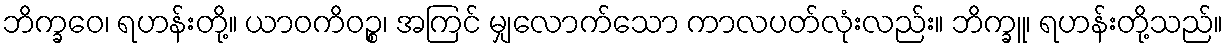
ဘိက္ခဝေ၊ ရဟန်းတို့။ ယာဝကိဝဉ္စ၊ အကြင် မျှလောက်သော ကာလပတ်လုံးလည်း။ ဘိက္ခူ၊ ရဟန်းတို့သည်။